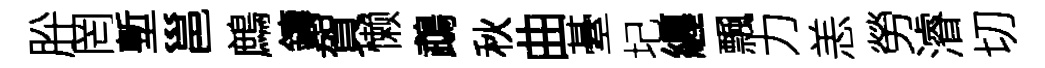
肸罔塹邕鷓鑄賀懒鵡秋曲䑓圮纒飄力恙勞濬切